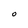
Character: O